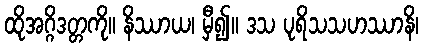
ထိုအဂ္ဂိဒတ္တကို။ နိဿာယ၊ မှီ၍။ ဒသ ပုရိသသဟဿာနိ၊